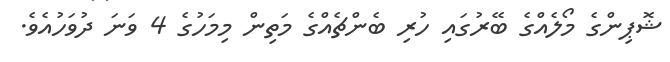
ޝޮޕިންގެ މޯލެއްގެ ބޭރުގައި ހުރި ބެންޗެއްގެ މަތިން މިމަހުގެ 4 ވަނަ ދުވަހުއެވެ.